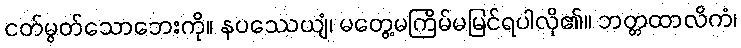
ငတ်မွတ်သောဘေးကို။ နပဿေယျံ၊ မတွေ့မကြိမ်မမြင်ရပါလို၏။ ဘတ္တထာလိကံ၊